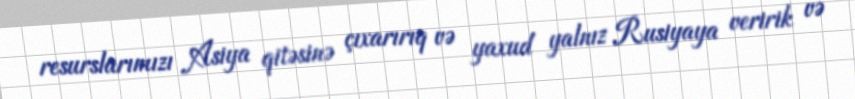
resurslarımızı Asiya qitəsinə çıxarırıq və yaxud yalnız Rusiyaya veririk və